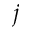
j